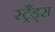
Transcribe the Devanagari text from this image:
स्ट्रैंड्स